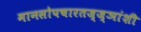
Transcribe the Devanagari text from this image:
मानसोपचारतज्ज्ञांशी